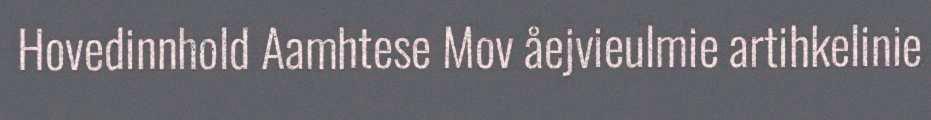
Hovedinnhold Aamhtese Mov åejvieulmie artihkelinie